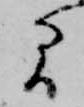
間